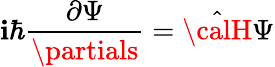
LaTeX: \mathbf{i}\hbar\frac{{\partial\Psi}}{{\partials}}=\hat{{\calH}}\Psi